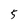
Character: 5